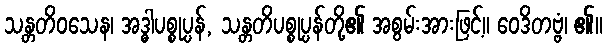
သန္တတိဝသေန၊ အဒ္ဓါပစ္စုပ္ပန်, သန္တတိပစ္စုပ္ပန်တို့၏ အစွမ်းအားဖြင့်။ ဝေဒိတဗ္ဗံ၊ ၏။